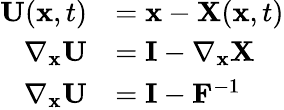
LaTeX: {\begin{array}{rl}{\mathbf{U}(\mathbf{x},t)}&{=\mathbf{x}-\mathbf{X}(\mathbf{x},t)}\\ {\nabla_{\mathbf{x}}\mathbf{U}}&{=\mathbf{I}-\nabla_{\mathbf{x}}\mathbf{X}}\\ {\nabla_{\mathbf{x}}\mathbf{U}}&{=\mathbf{I}-\mathbf{F}^{-1}}\end{array}}